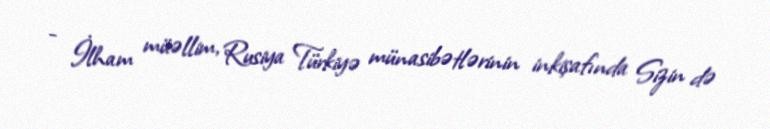
- İlham müəllim, Rusiya Türkiyə münasibətlərinin inkişafında Sizin də